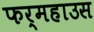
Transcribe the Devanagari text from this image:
फर्महाउस